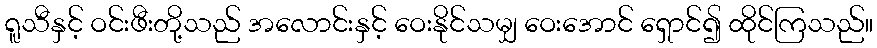
ရူသီနှင့် ဝင်းဖီးတို့သည် အလောင်းနှင့် ဝေးနိုင်သမျှ ဝေးအောင် ရှောင်၍ ထိုင်ကြသည်။